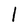
Character: l